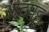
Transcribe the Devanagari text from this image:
आटपट्टु